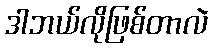
ဒါဘယ်လိုဖြစ်တာလဲ